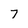
Character: 7